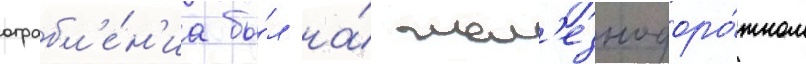
ограбл'е́н'иа бы́л на́ жел'езнодоро́жном